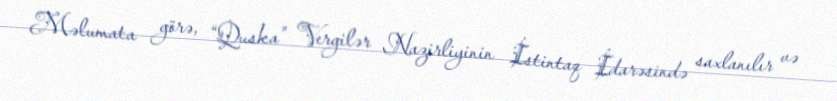
Məlumata görə, “Quska” Vergilər Nazirliyinin İstintaq İdarəsində saxlanılır və